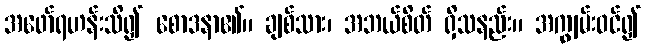
အဖော်ရဟန်းသိ၍ စောဒနာ၏။ ချစ်သား၊ အဘယ်စိတ် ရှိသနည်း။ အကျွမ်းဝင်၍